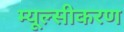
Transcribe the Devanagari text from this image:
म्यूल्सीकरण